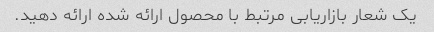
یک شعار بازاریابی مرتبط با محصول ارائه شده ارائه دهید.